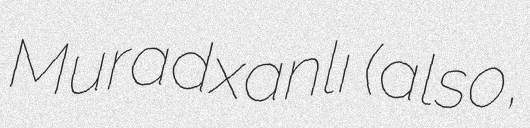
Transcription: Muradxanlı (also,